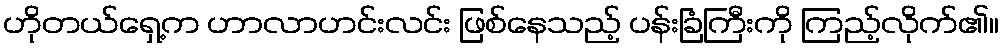
ဟိုတယ်ရှေ့က ဟာလာဟင်းလင်း ဖြစ်နေသည့် ပန်းခြံကြီးကို ကြည့်လိုက်၏။